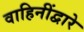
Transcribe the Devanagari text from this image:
वाहिनींद्वारे